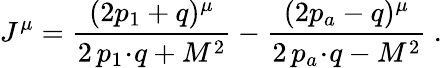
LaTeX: J^{\mu}=\frac{(2p_{1}+q)^{\mu}}{2\, p_{1}\! \cdot\! q+M^{2}}-\frac{(2p_{a}-q)^{\mu}}{2\, p_{a}\! \cdot\! q-M^{2}}\ .